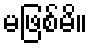
မဖြစ်မိ။